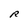
Character: R